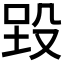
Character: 𪵉